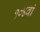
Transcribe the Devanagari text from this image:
१०४वां